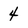
Character: 4